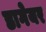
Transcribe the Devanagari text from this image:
डागेयर